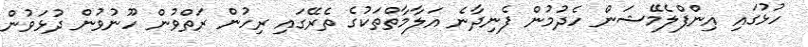
ހުޅުގައި އިންފްލެމޭޝަން ހެދުމުން ފެނިދާނެ އަލާމާތްތަކުގެ ތެރޭގައި ރިހުން ރަތްވުން ހޫނުވުން ދުޅަވުން